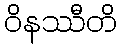
ဝိနဿီတိ